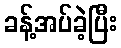
ခန့်အပ်ခဲ့ပြီး